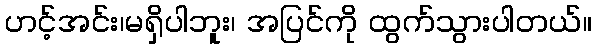
ဟင့်အင်း၊မရှိပါဘူး၊ အပြင်ကို ထွက်သွားပါတယ်။